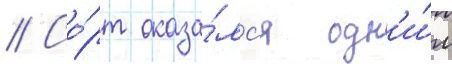
// Со́рт оказа́лс'я одн'и́м